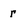
Character: r